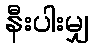
နီးပါးမျှ